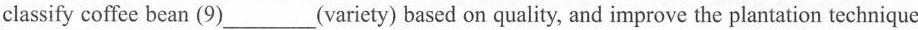
classify coffee bean (9)___(variety) based on quality, and improve the plantation technique